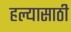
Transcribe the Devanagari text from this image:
हल्यासाठी